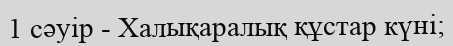
1 сәуір - Халықаралық құстар күні;